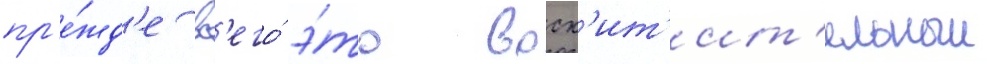
пр'е́жд'е вс'его́ э́то восх'ит'ит'ельныи